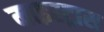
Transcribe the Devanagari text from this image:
माइस्ट्रास